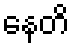
နေတိ